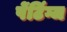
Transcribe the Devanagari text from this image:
पेंटिंग्ज